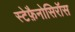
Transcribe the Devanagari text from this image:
स्टेफ़ैनोसिरॉस